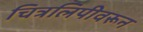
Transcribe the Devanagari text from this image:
चित्रलिपीवरून